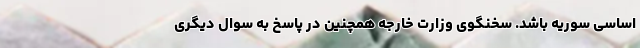
اساسی سوریه باشد. سخنگوی وزارت خارجه همچنین در پاسخ به سوال دیگری